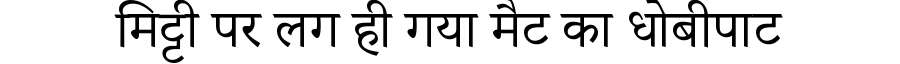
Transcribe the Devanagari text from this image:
मिट्टी पर लग ही गया मैट का धोबीपाट